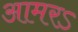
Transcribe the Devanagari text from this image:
आमरऽ